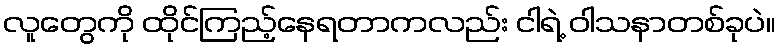
လူတွေကို ထိုင်ကြည့်နေရတာကလည်း ငါရဲ့ ဝါသနာတစ်ခုပဲ။